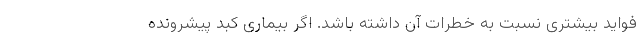
فواید بیشتری نسبت به خطرات آن داشته باشد. اگر بیماری کبد پیشرونده